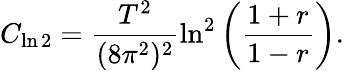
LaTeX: C_{\ln 2}=\frac{T^{2}}{(8\pi^{2})^{2}}\ln^{2}\left(\frac{1+r}{1-r}\right).